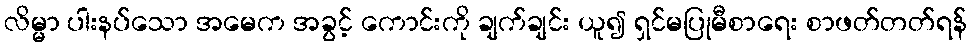
လိမ္မာ ပါးနပ်သော အမေက အခွင့် ကောင်းကို ချက်ချင်း ယူ၍ ရှင်မပြုမီစာရေး စာဖတ်တတ်ရန်